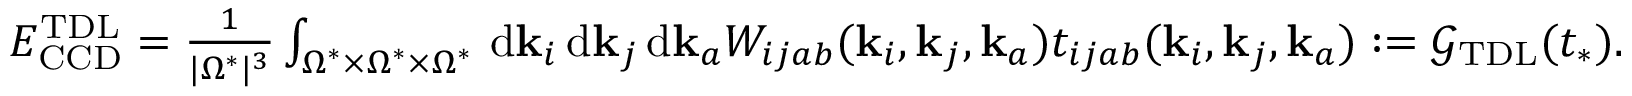
\begin{array} { r } { E _ { \mathrm { C C D } } ^ { \mathrm { T D L } } = \frac { 1 } { | \Omega ^ { * } | ^ { 3 } } \int _ { \Omega ^ { * } \times \Omega ^ { * } \times \Omega ^ { * } } \, \mathrm { d } \mathbf { k } _ { i } \, \mathrm { d } \mathbf { k } _ { j } \, \mathrm { d } \mathbf { k } _ { a } W _ { i j a b } ( \mathbf { k } _ { i } , \mathbf { k } _ { j } , \mathbf { k } _ { a } ) t _ { i j a b } ( \mathbf { k } _ { i } , \mathbf { k } _ { j } , \mathbf { k } _ { a } ) : = \mathcal { G } _ { \mathrm { T D L } } ( t _ { * } ) . } \end{array}